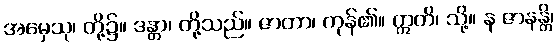
အမှေသု၊ တို့၌။ ဒန္တာ၊ တို့သည်။ ဇာတာ၊ ကုန်၏။ ဣတိ၊ သို့။ န ဇာနန္တိ၊